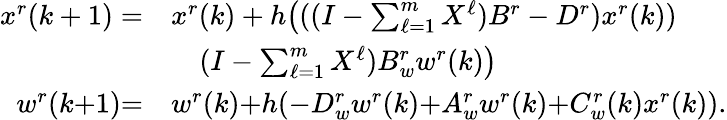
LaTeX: \begin{array}{rl}{x^{r}(k+1)=}&{x^{r}(k)+h\big(((I-\textstyle\sum_{\ell=1}^{m}X^{\ell})B^{r}-D^{r})x^{r}(k))}\\ &{~~~~(I-\textstyle\sum_{\ell=1}^{m}X^{\ell})B_{w}^{r}w^{r}(k)\big)}\\ {w^{r}(k{+}1){=}}&{w^{r}(k){+}h({-}D_{w}^{r}w^{r}(k){+}A_{w}^{r}w^{r}(k){+}C_{w}^{r}(k)x^{r}(k)).}\end{array}